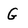
Character: G